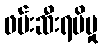
ဖမ်းဆီးရမိမှု